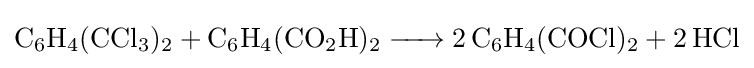
{\ce {C6H4(CCl3)2 + C6H4(CO2H)2 -> 2 C6H4(COCl)2 + 2 HCl}}